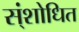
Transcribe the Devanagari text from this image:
स्ंशोधित